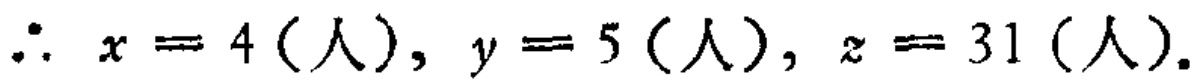
\(\therefore x = 4 (\text{人}), y = 5 (\text{人}), z = 31 (\text{人}).\)